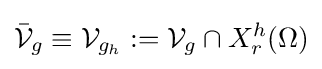
{\bar {\mathcal {V}}}_{g}\equiv {\mathcal {V}}_{g_{h}}:={\mathcal {V}}_{g}\cap X_{r}^{h}(\Omega )